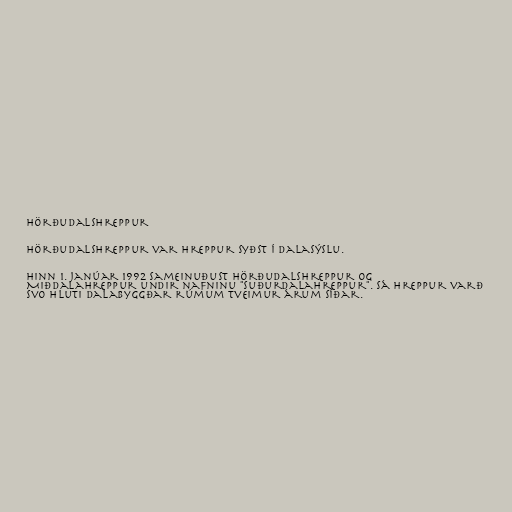
Hörðudalshreppur

Hörðudalshreppur var hreppur syðst í Dalasýslu.

Hinn 1. janúar 1992 sameinuðust Hörðudalshreppur og
Miðdalahreppur undir nafninu "Suðurdalahreppur". Sá hreppur varð
svo hluti Dalabyggðar rúmum tveimur árum síðar.